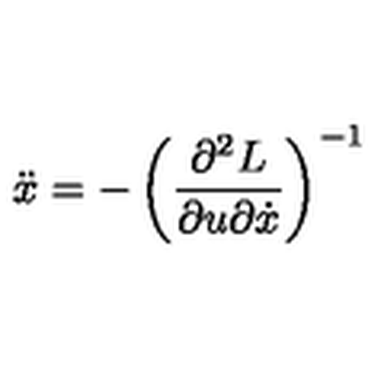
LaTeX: \ddot { x } = - \left( \frac { \partial ^ { 2 } L } { \partial u \partial \dot { x } } \right) ^ { - 1 }